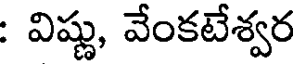
: విష్ణు, వేంకటేశ్వర